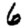
Digit: 6